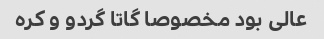
عالی بود مخصوصا گاتا گردو و کره